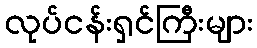
လုပ်ငန်းရှင်ကြီးများ